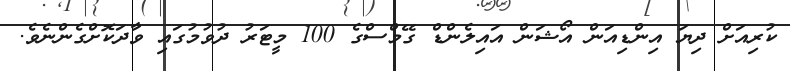
ކުރިއަށް ދިޔަ އިންޑިއަން އޯޝަން އައިލެންޑް ގޭމްސްގެ 100 މީޓަރު ދުވުމުގައި ވާދަކޮށްގެންނެވެ.